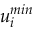
u _ { i } ^ { m i n }